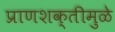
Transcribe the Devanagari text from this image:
प्राणशक्तीमुळे